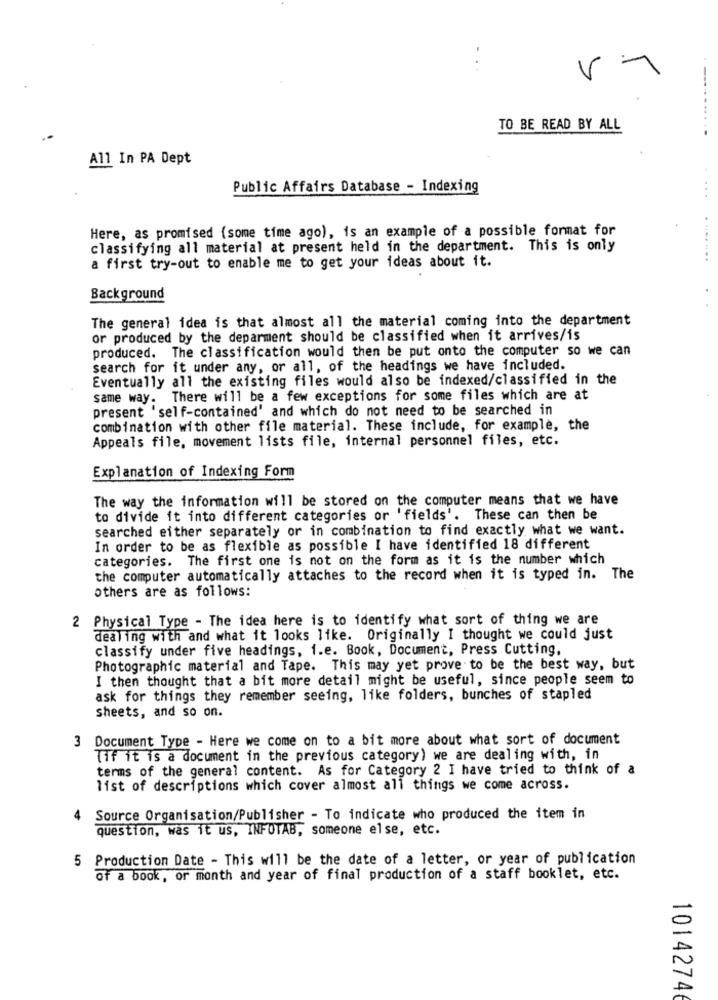
TO BE READ BY ALL
All In PA Dept
Public Affairs Database - Indexing
Here, as promised (some time ago), is an example of a possible format for
....
classifying all material at present held in the department. This is only
a first try-out to enable me to get your ideas about it.
Background
The general idea is that almost all the material coming into the department
or produced by the deparment should be classified when it arrives/is
produced. The classification would then be put onto the computer so we can
search for it under any, or all, of the headings we have included.
Eventually all the existing files would also be indexed/classified in the
same way. There will be a few exceptions for some files which are at
present 'self-contained' and which do not need to be searched in
combination with other file material. These include, for example, the
Appeals file, movement lists file, internal personnel files, etc.
Explanation of Indexing Form
The way the information will be stored on the computer means that we have
to divide it into different categories or 'fields'. These can then be
searched either separately or in combination to find exactly what we want.
In order to be as flexible as possible I have identified 18 different
categories. The first one is not on the form as it is the number which
the computer automatically attaches to the record when it is typed in. The
others are as follows:
2 Physical Type - The idea here is to identify what sort of thing we are
dealing with and what it looks like. Originally I thought we could just
classify under five headings, i.e. Book, Document, Press Cutting,
Photographic material and Tape. This may yet prove to be the best way, but
I then thought that a bit more detail might be useful, since people seem to
ask for things they remember seeing, like folders, bunches of stapled
sheets, and so on.
3 Document Type - Here we come on to a bit more about what sort of document
{if it is a document in the previous category) we are dealing with, in
terms of the general content. As for Category 2 I have tried to think of a
list of descriptions which cover almost all things we come across.
Source Organisation/Publisher - To indicate who produced the item in
question, was it us, INFOTAB, someone else, etc.
5 Production Date - This will be the date of a letter, or year of publication
of a book, or month and year of final production of a staff booklet, etc.
10142746